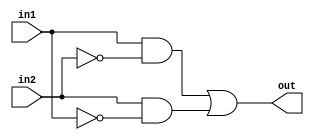
module ExclusiveOrGate(in1, in2, out);
	input in1, in2;
	output out;
	
	wire in1, in2, out;
	wire notin1out, notin2out, and1out, and2out;
	
	or or1(out, and1out, and2out);
	
	and and1(and1out, in1, notin2out),
	and2(and2out, in2, notin1out);
	
	not notin1(notin1out, in1),
	notin2(notin2out, in2);
	
endmodule